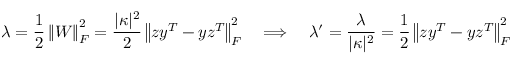
\lambda = \frac { 1 } { 2 } \left\| \boldsymbol { W } \right\| _ { F } ^ { 2 } = \frac { | \kappa | ^ { 2 } } { 2 } \left\| \boldsymbol { z } \boldsymbol { y } ^ { T } - \boldsymbol { y } \boldsymbol { z } ^ { T } \right\| _ { F } ^ { 2 } \quad \Longrightarrow \quad \lambda ^ { \prime } = \frac { \lambda } { | \kappa | ^ { 2 } } = \frac { 1 } { 2 } \left\| \boldsymbol { z } \boldsymbol { y } ^ { T } - \boldsymbol { y } \boldsymbol { z } ^ { T } \right\| _ { F } ^ { 2 }